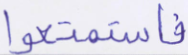
فاستمتعوا